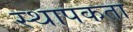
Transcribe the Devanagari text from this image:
स्थापकता